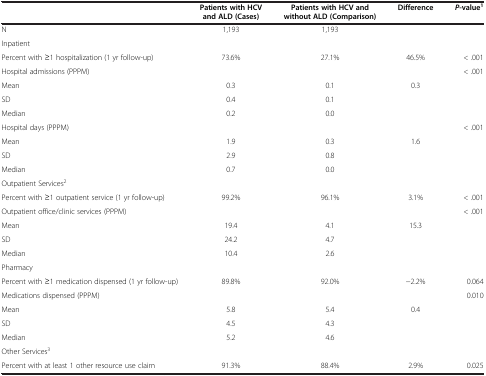
<table><thead><tr><td><b> </b></td><td><b>Patients with HCV and ALD (Cases)</b></td><td><b>Patients with HCV and without ALD (Comparison)</b></td><td><b>Difference</b></td><td><b><i>P</i>-value<sup>1</sup></b></td></tr></thead><tbody><tr><td>N</td><td>1,193</td><td>1,193</td><td> </td><td> </td></tr><tr><td>Inpatient</td><td> </td><td> </td><td> </td><td> </td></tr><tr><td>Percent with ≥1 hospitalization (1 yr follow-up)</td><td>73.6%</td><td>27.1%</td><td>46.5%</td><td>&lt; .001</td></tr><tr><td>Hospital admissions (PPPM)</td><td> </td><td> </td><td> </td><td>&lt; .001</td></tr><tr><td>Mean</td><td>0.3</td><td>0.1</td><td>0.3</td><td> </td></tr><tr><td>SD</td><td>0.4</td><td>0.1</td><td> </td><td> </td></tr><tr><td>Median</td><td>0.2</td><td>0.0</td><td> </td><td> </td></tr><tr><td>Hospital days (PPPM)</td><td> </td><td> </td><td> </td><td>&lt; .001</td></tr><tr><td>Mean</td><td>1.9</td><td>0.3</td><td>1.6</td><td> </td></tr><tr><td>SD</td><td>2.9</td><td>0.8</td><td> </td><td> </td></tr><tr><td>Median</td><td>0.7</td><td>0.0</td><td> </td><td> </td></tr><tr><td>Outpatient Services<sup>2</sup></td><td> </td><td> </td><td> </td><td> </td></tr><tr><td>Percent with ≥1 outpatient service (1 yr follow-up)</td><td>99.2%</td><td>96.1%</td><td>3.1%</td><td>&lt; .001</td></tr><tr><td>Outpatient office/clinic services (PPPM)</td><td> </td><td> </td><td> </td><td>&lt; .001</td></tr><tr><td>Mean</td><td>19.4</td><td>4.1</td><td>15.3</td><td> </td></tr><tr><td>SD</td><td>24.2</td><td>4.7</td><td> </td><td> </td></tr><tr><td>Median</td><td>10.4</td><td>2.6</td><td> </td><td> </td></tr><tr><td>Pharmacy</td><td> </td><td> </td><td> </td><td> </td></tr><tr><td>Percent with ≥1 medication dispensed (1 yr follow-up)</td><td>89.8%</td><td>92.0%</td><td>−2.2%</td><td>0.064</td></tr><tr><td>Medications dispensed (PPPM)</td><td> </td><td> </td><td> </td><td>0.010</td></tr><tr><td>Mean</td><td>5.8</td><td>5.4</td><td>0.4</td><td> </td></tr><tr><td>SD</td><td>4.5</td><td>4.3</td><td> </td><td> </td></tr><tr><td>Median</td><td>5.2</td><td>4.6</td><td> </td><td> </td></tr><tr><td>Other Services<sup>3</sup></td><td> </td><td> </td><td> </td><td> </td></tr><tr><td>Percent with at least 1 other resource use claim</td><td>91.3%</td><td>88.4%</td><td>2.9%</td><td>0.025</td></tr></tbody></table>